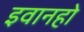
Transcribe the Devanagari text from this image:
इवानहो